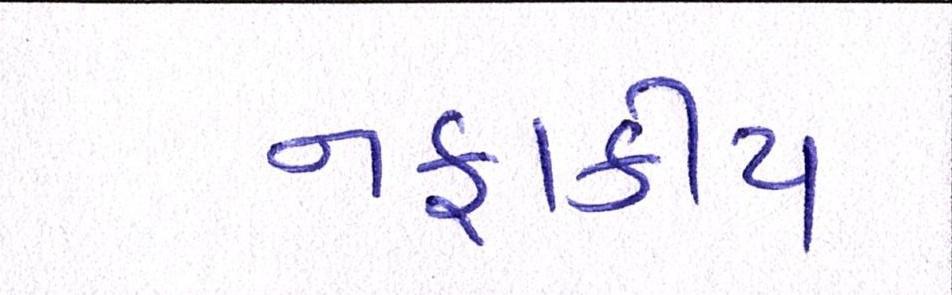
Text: નફાકીય